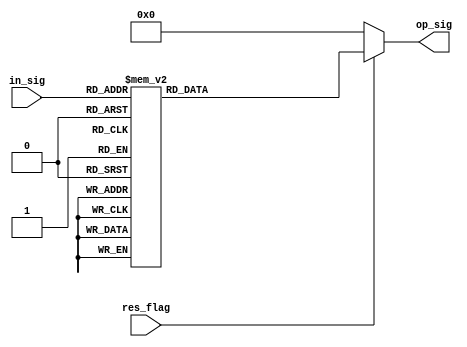
module sigmoid_value(res_flag,in_sig,op_sig);

input        res_flag;
input  [6:0] in_sig;
output [6:0] op_sig;
reg    [6:0] sig_value;

assign op_sig = sig_value;

	always @(*) begin
	   sig_value = 7'd0;
		if(res_flag) begin
			case(in_sig)
						7'b1101100: sig_value = 7'b0000100;
						7'b0000111: sig_value = 7'b0001010;
						7'b0011010: sig_value = 7'b0001101;
						7'b0110010: sig_value = 7'b0001111;
						7'b0010101: sig_value = 7'b0001101;
						7'b1101011: sig_value = 7'b0000011;
						7'b1100101: sig_value = 7'b0000010;
						7'b0011110: sig_value = 7'b0001110;
						7'b1101000: sig_value = 7'b0000011;
						7'b0110000: sig_value = 7'b0001111;
						7'b1111110: sig_value = 7'b0001000;
						7'b0010100: sig_value = 7'b0001100;
						7'b0000100: sig_value = 7'b0001001;
						7'b1010100: sig_value = 7'b0000001;
						7'b0001100: sig_value = 7'b0001011;
						7'b0111010: sig_value = 7'b0010000;
						7'b0101001: sig_value = 7'b0001111;
						7'b0011101: sig_value = 7'b0001110;
						//7'b0000111: sig_value = 7'b0001010;
						7'b0010110: sig_value = 7'b0001101;
						7'b1011100: sig_value = 7'b0000010;
						7'b1010110: sig_value = 7'b0000001;
						//7'b0011010: sig_value = 7'b0001101;
						7'b1100111: sig_value = 7'b0000011;
						7'b1010000: sig_value = 7'b0000001;
						7'b0100111: sig_value = 7'b0001111;
						7'b1111011: sig_value = 7'b0000111;
						7'b1011010: sig_value = 7'b0000001;
						//7'b1101100: sig_value = 7'b0000100;
						//7'b0000111: sig_value = 7'b0001010;
						//7'b0011010: sig_value = 7'b0001101;
						//7'b0110010: sig_value = 7'b0001111;
						//7'b0010101: sig_value = 7'b0001101;
						//7'b1101011: sig_value = 7'b0000011;
						//7'b1100101: sig_value = 7'b0000010;
						//7'b0011110: sig_value = 7'b0001110;
						//7'b1101000: sig_value = 7'b0000011;
						//7'b0110000: sig_value = 7'b0001111;
//7'b1111110: sig_value = 7'b0001000;
						//7'b0010100: sig_value = 7'b0001100;
						//7'b0000100: sig_value = 7'b0001001;
						7'b0000000: sig_value = 7'b0001000;
						//7'b1010100: sig_value = 7'b0000001;
						//7'b0001100: sig_value = 7'b0001011;
						//7'b0111010: sig_value = 7'b0010000;
						//7'b0101001: sig_value = 7'b0001111;
						//7'b0011101: sig_value = 7'b0001110;
						7'b1011001: sig_value = 7'b0000001;
						7'b0111100: sig_value = 7'b0010000;
						7'b1000111: sig_value = 7'b0000000;
						//7'b0010110: sig_value = 7'b0001101;
						7'b1000011: sig_value = 7'b0000000;
						7'b1000100: sig_value = 7'b0000000;
						//7'b1111110: sig_value = 7'b0001000;
						7'b0011000: sig_value = 7'b0001101;
						7'b1101110: sig_value = 7'b0000100;
						//7'b0111010: sig_value = 7'b0010000;
						7'b0100101: sig_value = 7'b0001111;
						//7'b1011010: sig_value = 7'b0000001;
						7'b1100110: sig_value = 7'b0000011;
						7'b1111100: sig_value = 7'b0000111;
						7'b1101001: sig_value = 7'b0000011;
						7'b0110101: sig_value = 7'b0001111;
						//7'b0010101: sig_value = 7'b0001101;
						7'b0101110: sig_value = 7'b0001111;
						//7'b0111100: sig_value = 7'b0010000;
						7'b1100000: sig_value = 7'b0000010;
						7'b1111001: sig_value = 7'b0000110;
						7'b0100000: sig_value = 7'b0001110;
						7'b0010111: sig_value = 7'b0001101;
						//7'b0110101: sig_value = 7'b0001111;
						7'b0111111: sig_value = 7'b0010000;
						//7'b1010110: sig_value = 7'b0000001;
						7'b1101101: sig_value = 7'b0000100;
						7'b0000001: sig_value = 7'b0001000;
						7'b0101010: sig_value = 7'b0001111;
						7'b0111011: sig_value = 7'b0010000;
						//7'b0101001: sig_value = 7'b0001111;
						//7'b0111111: sig_value = 7'b0010000;
						7'b0111101: sig_value = 7'b0010000;
						7'b0001000: sig_value = 7'b0001010;
						//7'b0000100: sig_value = 7'b0001001;
						7'b1100100: sig_value = 7'b0000010;
						7'b1101010: sig_value = 7'b0000011;
						//7'b0110010: sig_value = 7'b0001111;
						//7'b1101101: sig_value = 7'b0000100;
						//7'b0100111: sig_value = 7'b0001111;
						7'b1110010: sig_value = 7'b0000101;
						7'b0001101: sig_value = 7'b0001011;
						7'b0011100: sig_value = 7'b0001110;
						7'b0010010: sig_value = 7'b0001100;
						7'b0001110: sig_value = 7'b0001011;
						7'b0011111: sig_value = 7'b0001110;
						//7'b1101101: sig_value = 7'b0000100;
						7'b1110100: sig_value = 7'b0000101;
						7'b0000011: sig_value = 7'b0001001;
						7'b1111000: sig_value = 7'b0000110;
						//7'b1111011: sig_value = 7'b0000111;
						7'b0100010: sig_value = 7'b0001110;
						7'b1110110: sig_value = 7'b0000110;
						7'b1010010: sig_value = 7'b0000001;
						//7'b0011100: sig_value = 7'b0001110;
						//7'b1100101: sig_value = 7'b0000010;
						7'b1110001: sig_value = 7'b0000101;
						7'b0000010: sig_value = 7'b0001000;
						//7'b0000000: sig_value = 7'b0001000;
						7'b1011000: sig_value = 7'b0000001;

					default: sig_value = 7'd0;
			endcase
		end
	end
	
endmodule